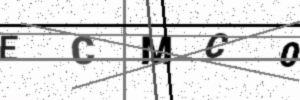
Text: ECMC0